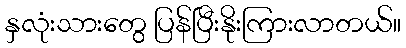
နှလုံးသားတွေ ပြန်ပြီးနိုးကြားလာတယ်။